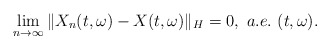
\begin{align*}\lim_{n\rightarrow\infty}\Vert X_n(t,\omega) - X(t,\omega)\Vert_H = 0 , \ a.e.\ (t,\omega).\end{align*}